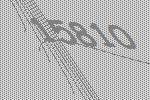
15810